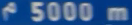
r5000m